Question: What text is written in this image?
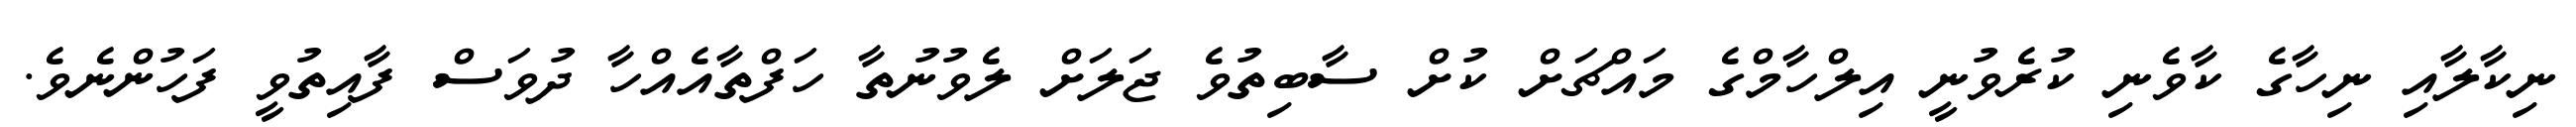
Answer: ނިކާލާއި ނިހާގެ ކާވެނި ކުރެވުނީ އިލްހާމްގެ މައްޗަށް ކުށް ސާބިތުވެ ޖަލަށް ލެވުނުތާ ހަފްތާއެއްހާ ދުވަސް ފާއިތުވީ ފަހުންނެވެ.